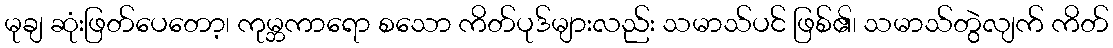
မုချ ဆုံးဖြတ်ပေတော့၊ ကုမ္ဘကာရော စသော ကိတ်ပုဒ်များလည်း သမာသ်ပင် ဖြစ်၏၊ သမာသ်တွဲလျက် ကိတ်